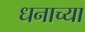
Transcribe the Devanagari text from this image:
धनाच्या